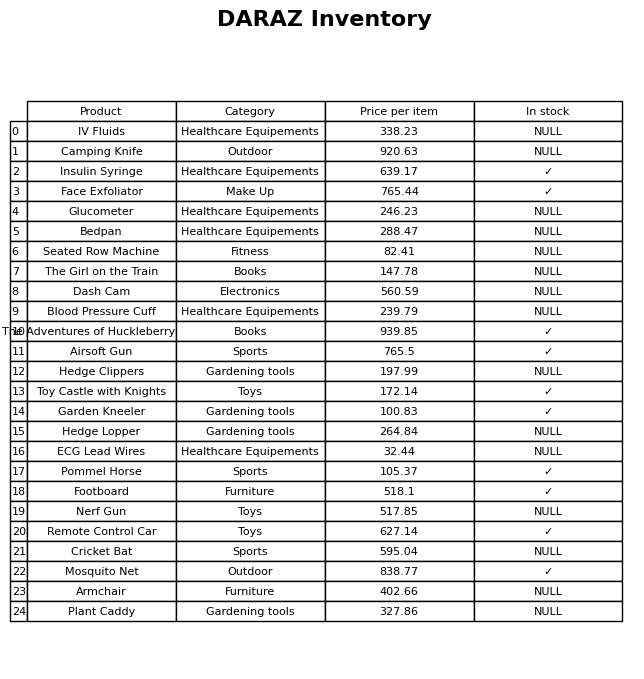
question: Is the Camping Knife in stock?
answer: NULL